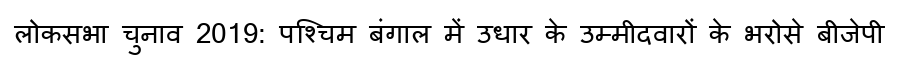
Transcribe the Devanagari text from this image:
लोकसभा चुनाव 2019: पश्चिम बंगाल में उधार के उम्मीदवारों के भरोसे बीजेपी